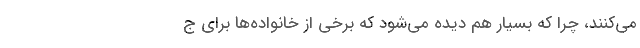
می‌کنند، چرا که بسیار هم دیده می‌شود که برخی از خانواده‌ها برای ج